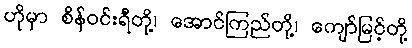
ဟိုမှာ စိန်ဝင်းရီတို့၊ အောင်ကြည်တို့၊ ကျော်မြင့်တို့